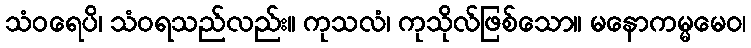
သံဝရေပိ၊ သံဝရသည်လည်း။ ကုသလံ၊ ကုသိုလ်ဖြစ်သော။ မနောကမ္မမေဝ၊